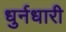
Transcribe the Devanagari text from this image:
धुर्नधारी